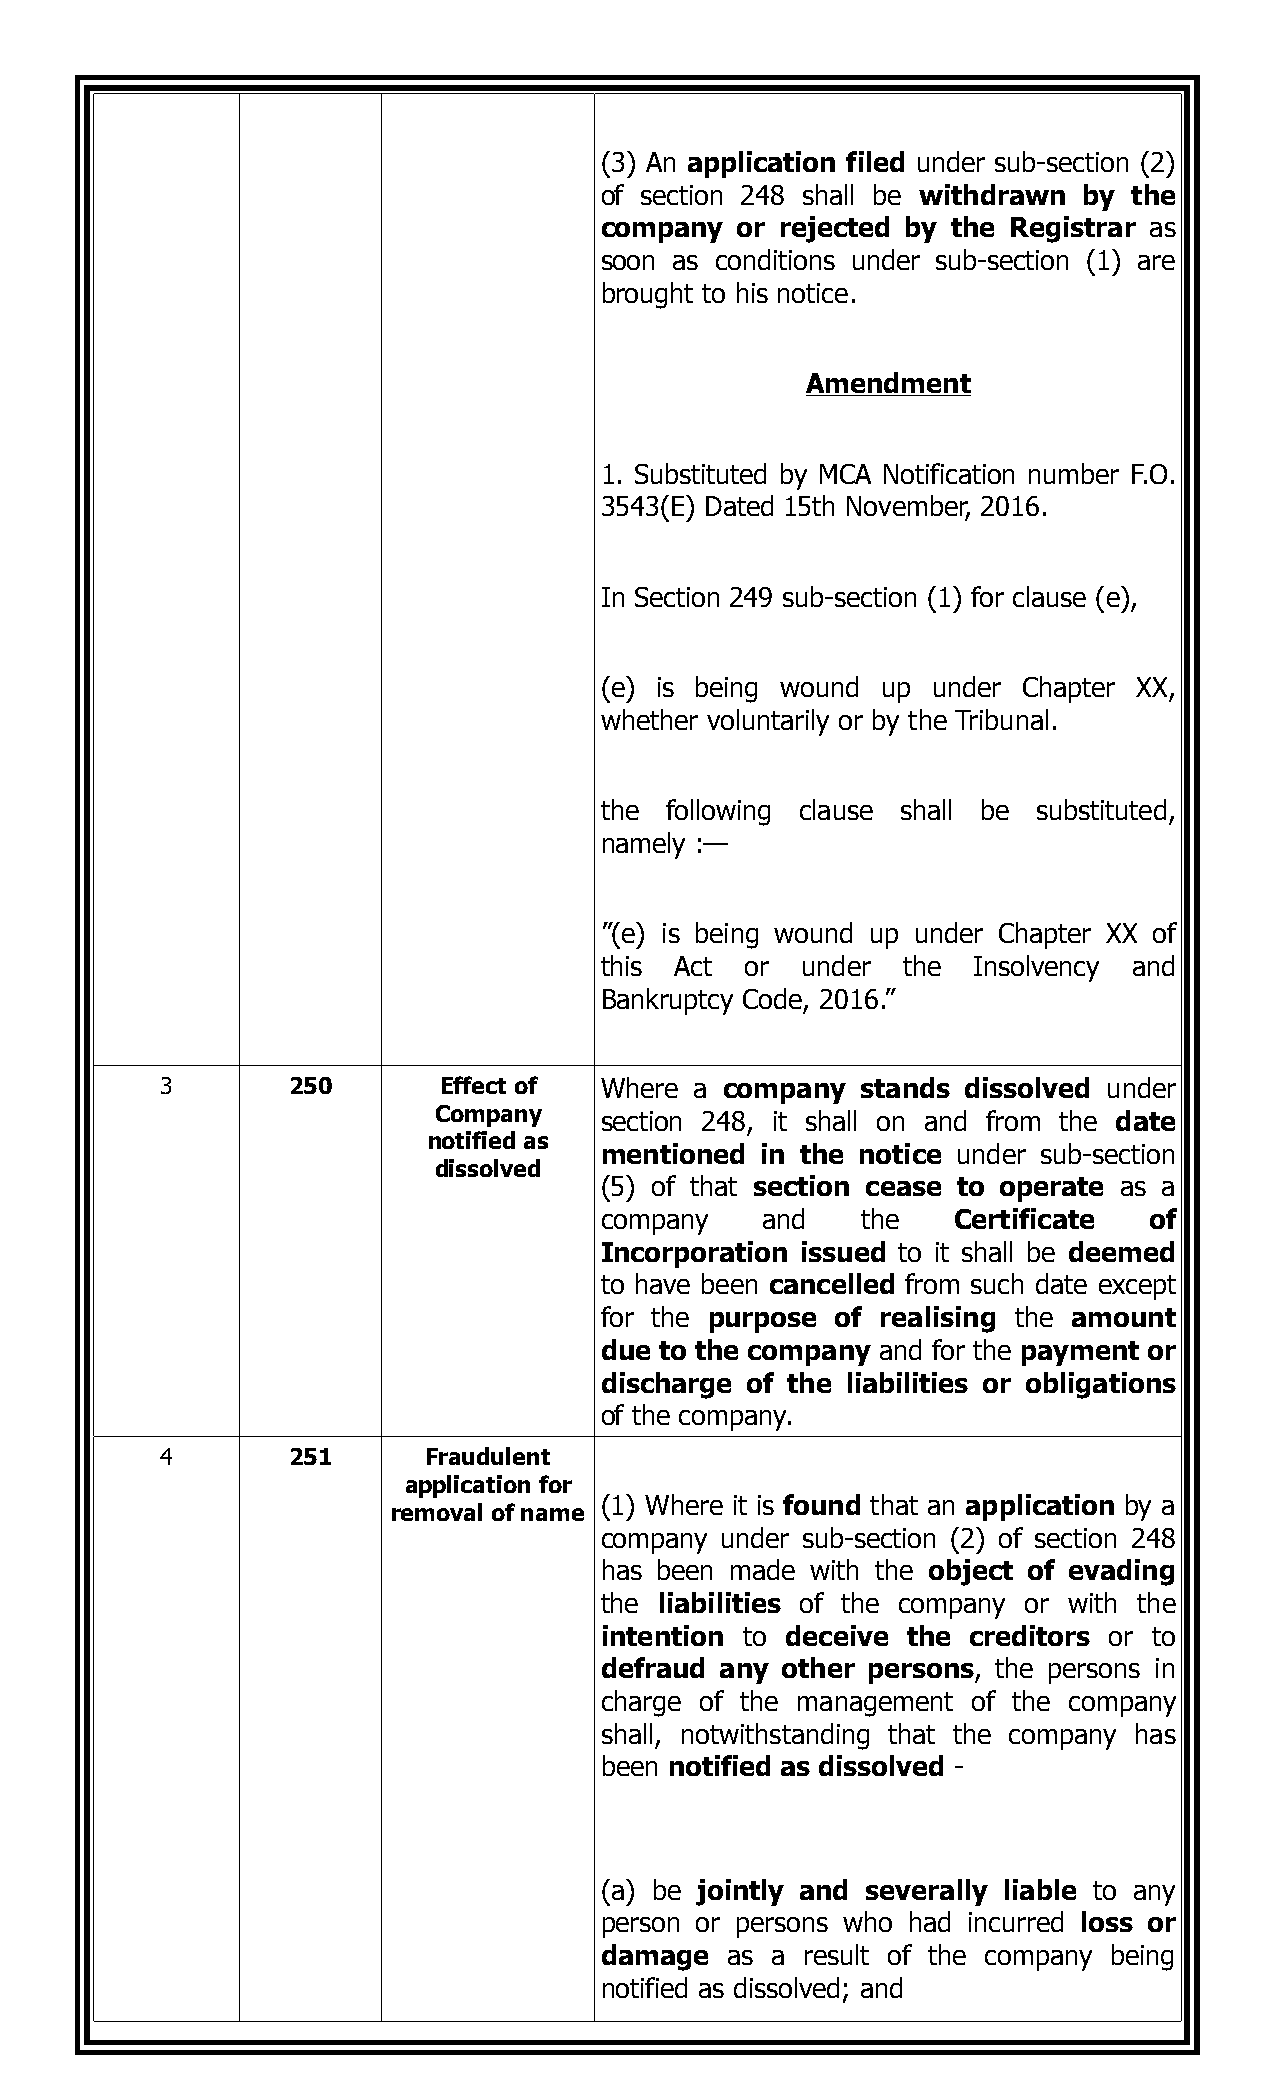
(3) An application filed under sub-section (2)
 of section 248 shall be withdrawn by the
 company  or rejected by the Registrar as
 soon as conditions under sub-section (1) are
 brought to his notice.
 Amendment
 1. Substituted by MCA Notification number F.O.
 3543(E) Dated 15th November, 2016.
 In Section 249 sub-section (1) for clause (e),
 (e) is being wound up under Chapter XX,
 whether voluntarily or by the Tribunal.
 the following clause shall be substituted,
 namely :—
 ”(e) is being wound up under Chapter XX of
 this Act or  under  the Insolvency and
 Bankruptcy Code, 2016.”
 3       250       Effect of  Where a company  stands dissolved under
 Company    section 248, it shall on and from the date
 notified as
 mentioned in the notice under sub-section
 dissolved
 (5) of that section cease to operate as a
 company   and    the   Certificate  of
 Incorporation issued to it shall be deemed
 to have been cancelled from such date except
 for the purpose of realising the amount
 due to the company and for the payment or
 discharge of the liabilities or obligations
 of the company.
 4       251      Fraudulent
 application for
 (1) Where it is found that an application by a
 removal of name
 company under sub-section (2) of section 248
 has been made with the object of evading
 the liabilities of the company or with the
 intention to deceive the creditors or to
 defraud any other persons, the persons in
 charge of the management of the company
 shall, notwithstanding that the company has
 been notified as dissolved -
 (a) be jointly and severally liable to any
 person or persons who had incurred loss or
 damage  as a result of the company being
 notified as dissolved; and